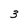
Character: 3